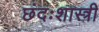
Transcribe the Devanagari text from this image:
छंदःशास्त्री